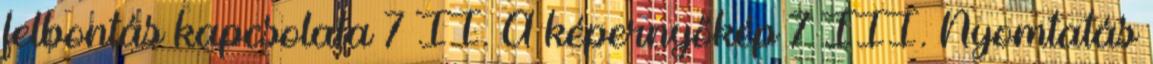
felbontás kapcsolata 7 II. A képernyőkép 7 III. Nyomtatás